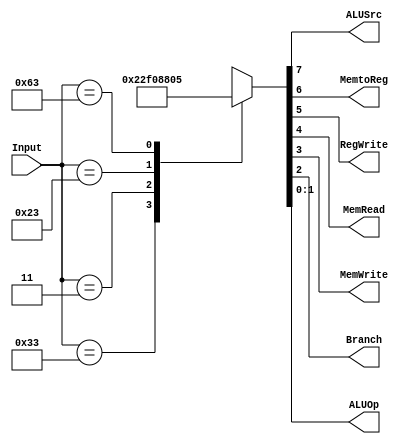
module ControlUnit(input [6:0]Input,output reg ALUSrc,MemtoReg,RegWrite,MemRead,MemWrite,Branch,output reg[1:0]ALUOp);
  always @(*)begin
    case(Input)
      7'b0110011:{ALUSrc,MemtoReg,RegWrite,MemRead,MemWrite,Branch,ALUOp}=8'b00100010;
      7'b0000011:{ALUSrc,MemtoReg,RegWrite,MemRead,MemWrite,Branch,ALUOp}=8'b11110000;
      7'b0100011:{ALUSrc,MemtoReg,RegWrite,MemRead,MemWrite,Branch,ALUOp}=8'b10001000;
      7'b1100011:{ALUSrc,MemtoReg,RegWrite,MemRead,MemWrite,Branch,ALUOp}=8'b00000101;
      default:{ALUSrc,MemtoReg,RegWrite,MemRead,MemWrite,Branch,ALUOp}=8'bxxxxxxxx;
    endcase
  end
endmodule